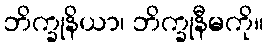
ဘိက္ခုနိယာ၊ ဘိက္ခုနီမကို။